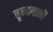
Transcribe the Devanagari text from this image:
वृन्दगानों